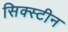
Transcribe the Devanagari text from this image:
सिक्स्टीन